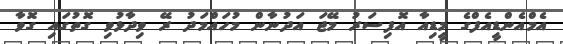
އެމްއެންޑީއެފްގެ މީޑިއާ އޮފިސަރު މޭޖަ އަދުނާން މުހައްމަދު ރޭ ވިދާޅުވި ގޮތުގައި ގޮވާ